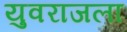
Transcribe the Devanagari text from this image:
युवराजला